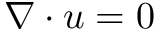
\nabla \cdot u = 0